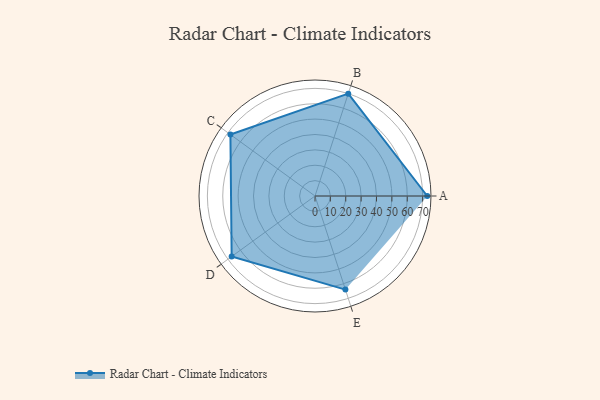
{"axis": {"x": "Skill", "y": "Score"}, "legend": ["Profile"], "data": [{"x": "A", "y": 73.0, "type": "Profile"}, {"x": "B", "y": 70.0, "type": "Profile"}, {"x": "C", "y": 68.0, "type": "Profile"}, {"x": "D", "y": 67.0, "type": "Profile"}, {"x": "E", "y": 64.0, "type": "Profile"}]}